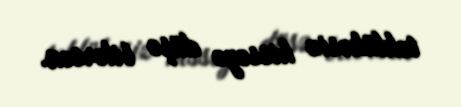
təhlükəsiz hissəyə düşə bilərsən.